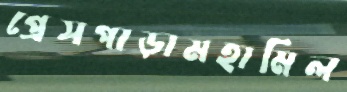
প্রেসপাড়ামহামিল